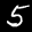
Label: 5